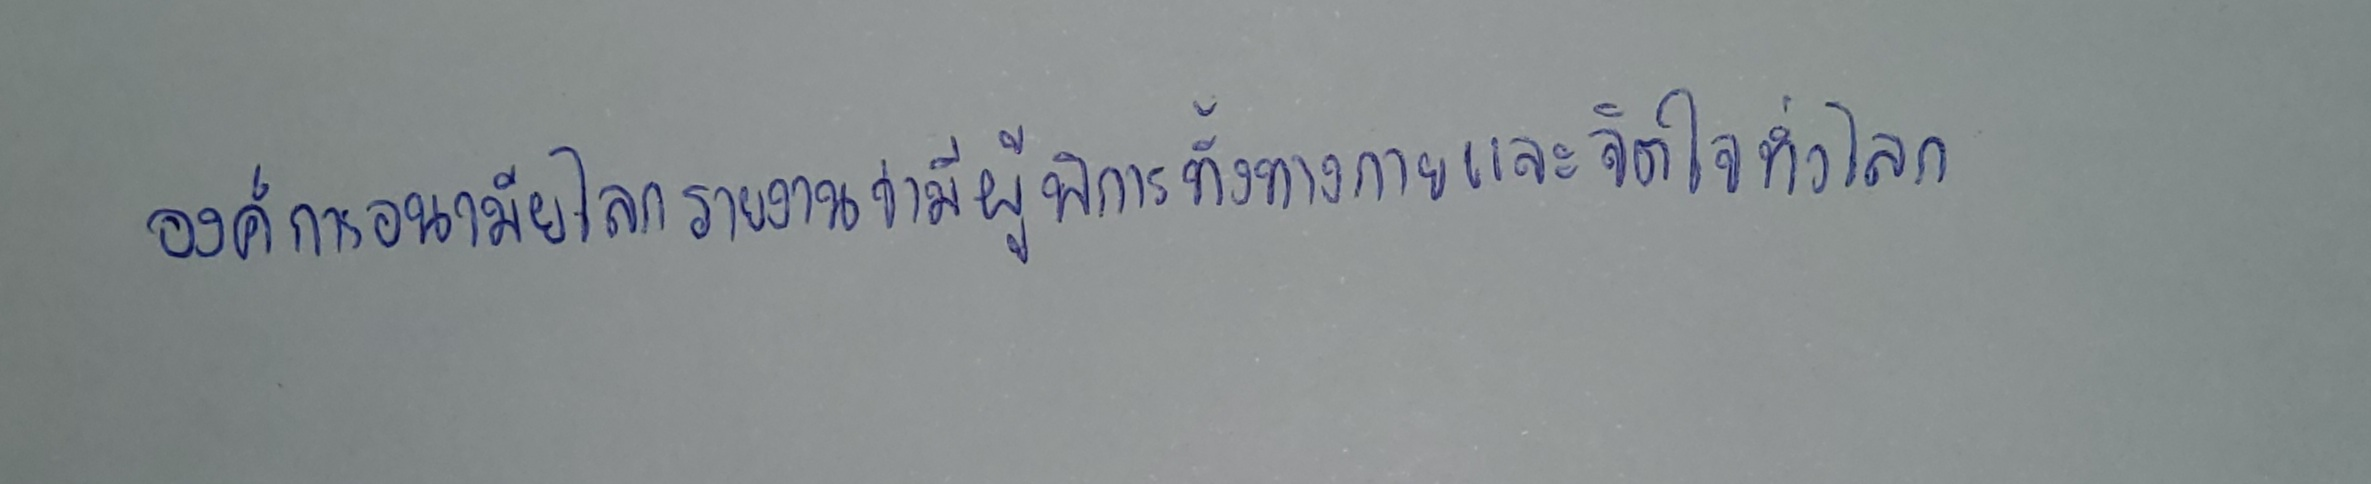
องค์การอนามัยโลกรายงานว่ามีผู้พิการทั้งทางกายและจิตใจทั่วโลก